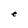
Character: e